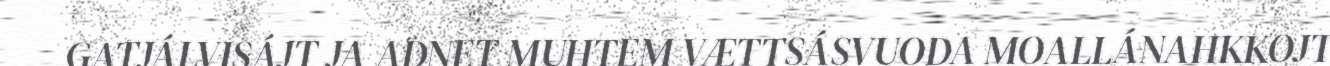
GATJÁLVISÁJT JA ADNET MUHTEM VÆTTSÁSVUODA MOALLÁNAHKKOJT